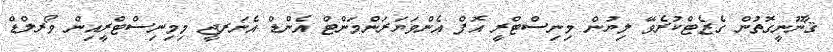
ޤާނޫނީގޮތުން ގެޒެޓްކުރެވޭ ލިޔުން މިނިސްޓްރީ އޮފް އެންވަޔަރަންމަންޓް އެންޑް އެނަރޖީ މިމިނިސްޓްރީއިން ވޯރލްޑް